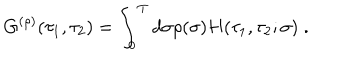
LaTeX: G ^ { ( \rho ) } ( \tau _ { 1 } , \tau _ { 2 } ) = \int _ { 0 } ^ { T } d \sigma \rho ( \sigma ) H ( \tau _ { 1 } , \tau _ { 2 } ; \sigma ) \; .